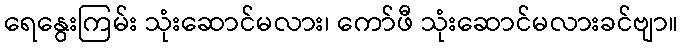
ရေနွေးကြမ်း သုံးဆောင်မလား၊ ကော်ဖီ သုံးဆောင်မလားခင်ဗျာ။